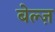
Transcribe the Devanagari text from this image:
बेल्ज़